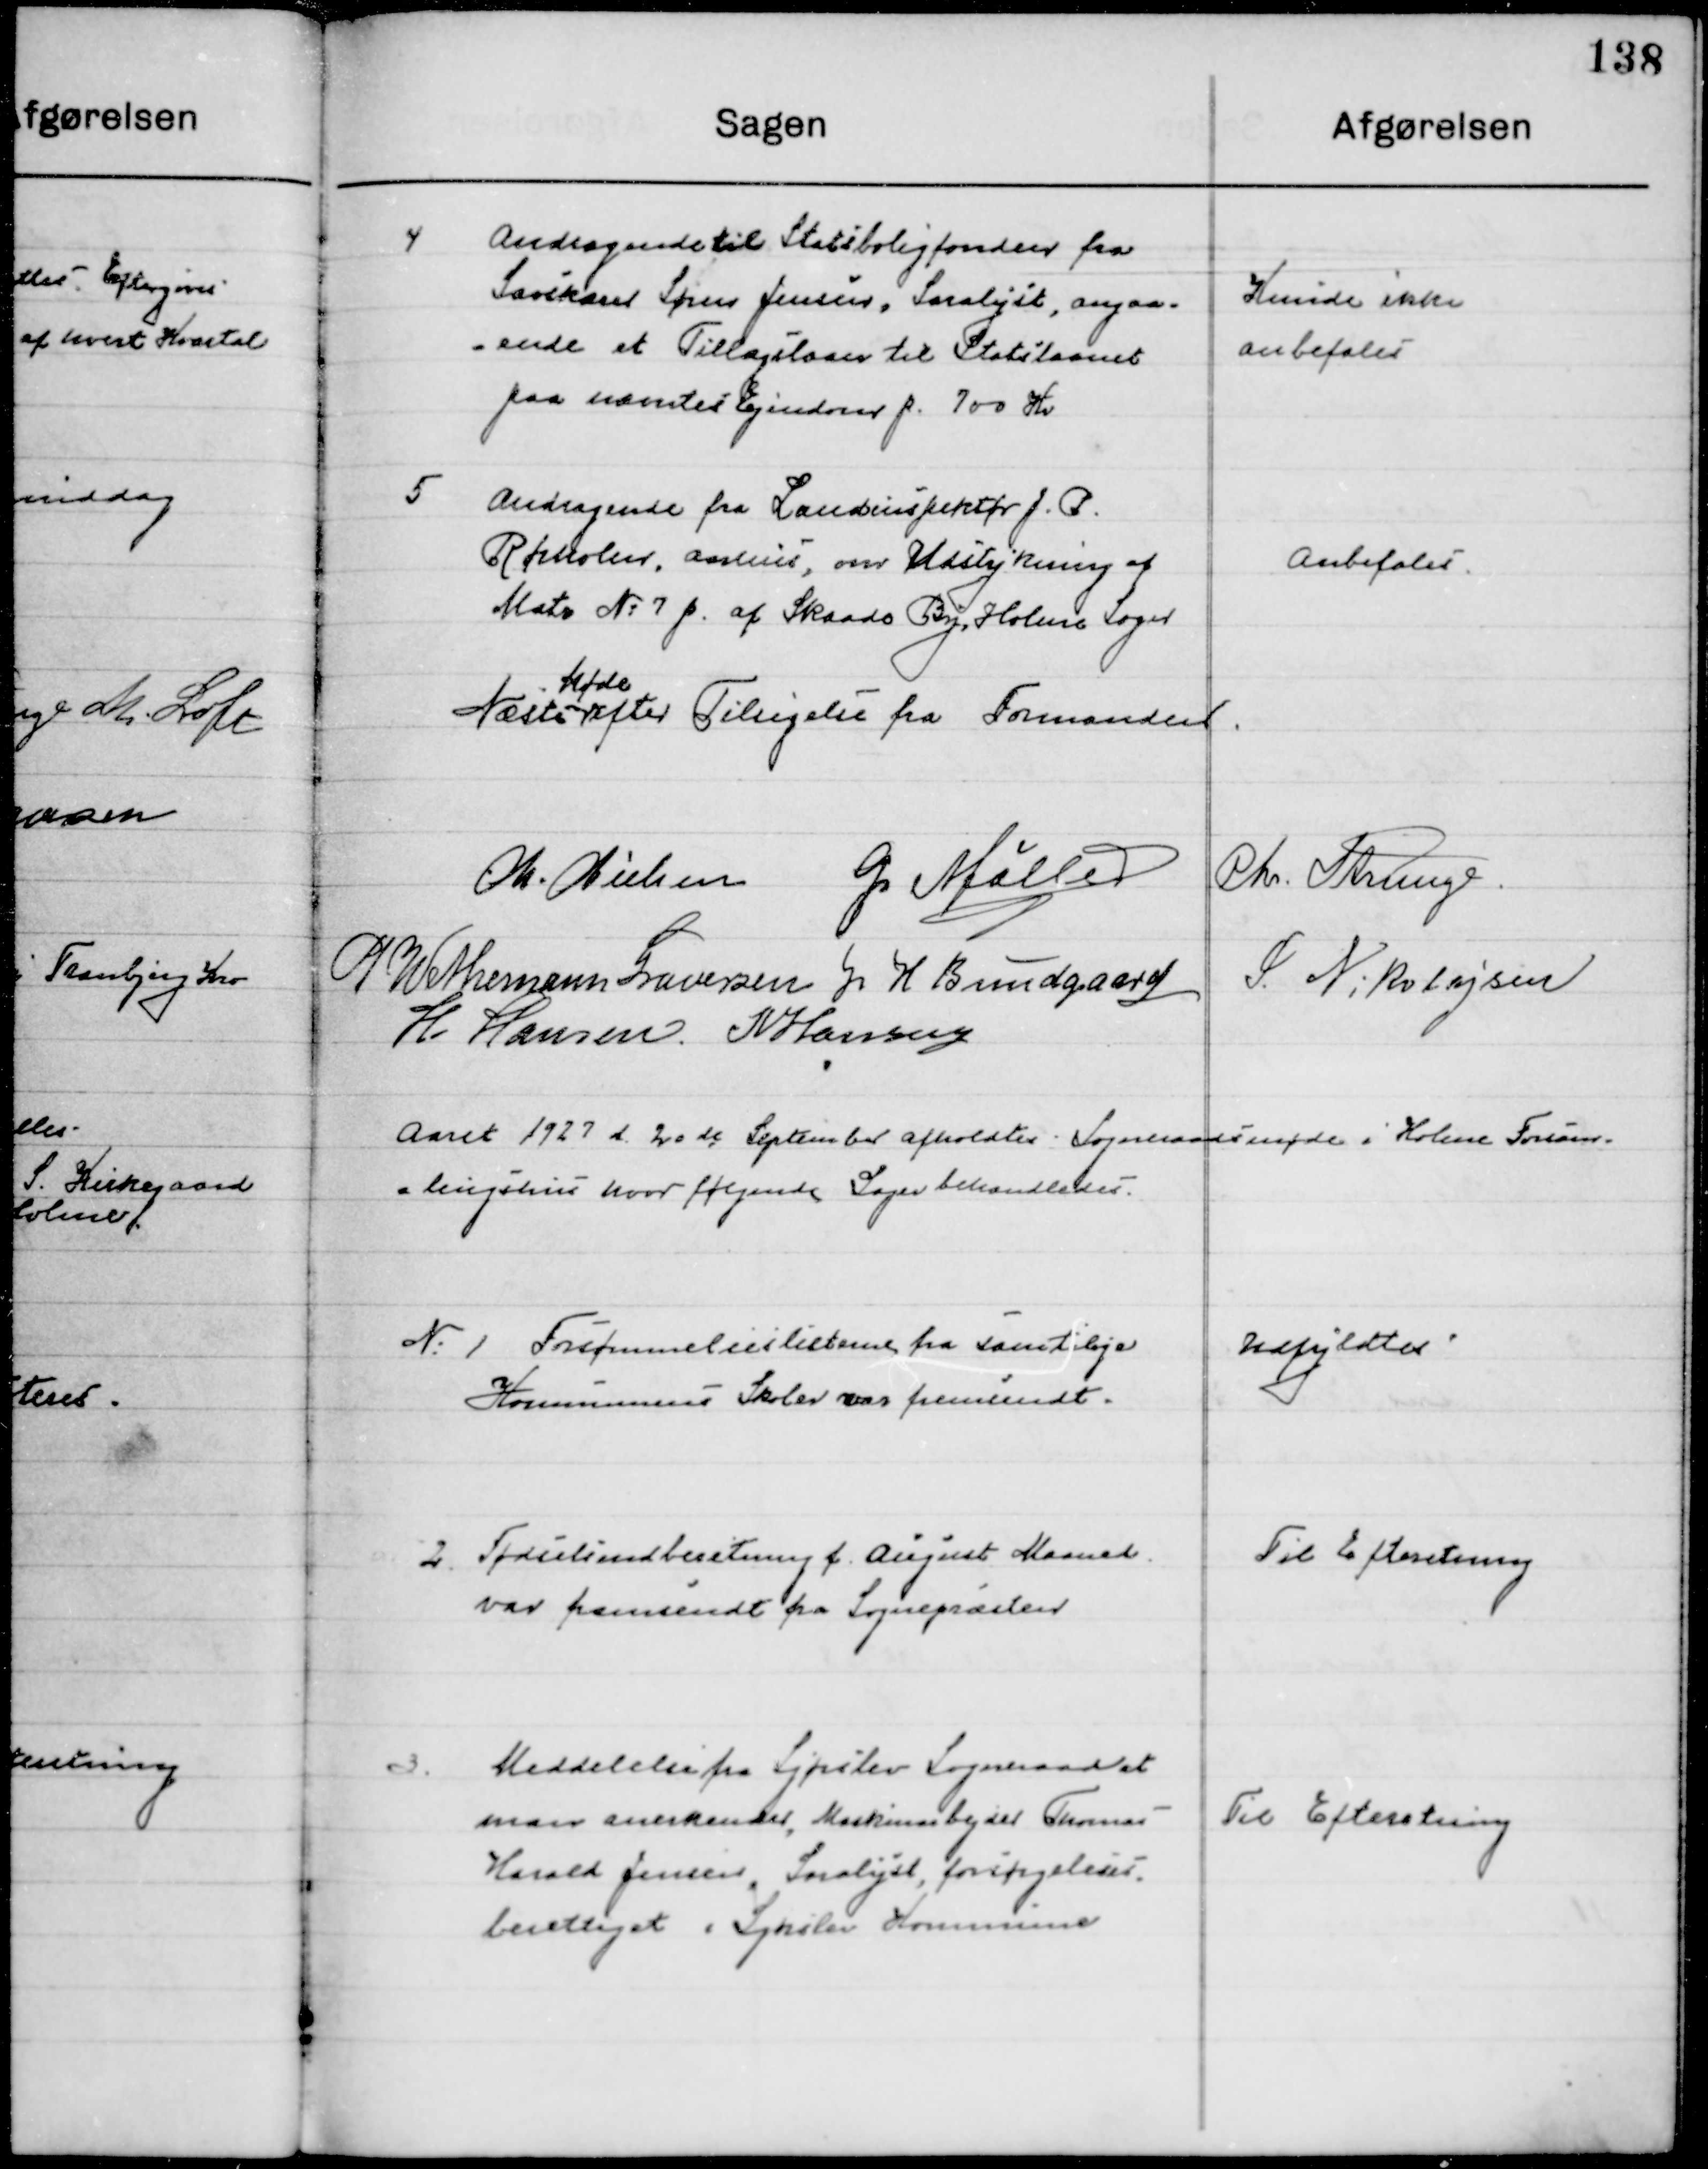
Transskription:
4

Andragende til Statsboligfonden fra
Savskærer Søren Jensen, Saralyst, angaa-
Ende et Tillægslaan til Statslaanet
Paa nævnte Ejendom p. 700 Kr.

Kunde ikke 
Anbefales

5

Andragende fra Landinspektør J. P.
Rørholm, Aarhus, om Udstykning af
Matr No. 7 p af Skaade By, Holme Sogn.

Anbefales

Næste 
Møde 
efter Tilsigelse fra Formanden.

M. Nielsen
G. Møller
Chr. Strunge
P. Wethemann Graversen
J. H. Bundgaard
S. Nikolajsen	
H. Hansen
N. Hansen

Aaret 1927 d. 20de  September afholdtes Sogneraadsmøde i Holme Forsam-
lingshus hvor følgende Sager behandledes.

1

Forsømmelseslisten fra samtlige
Kommune Skoler var fremsendt.

Udfyldtes

2

Fødselsindberetning f. August Maaned
var fremsendt fra Sognepræsten.

Til Efterretning

3

Meddelelse fra Sjørslev Sogneraad at 
Man anerkender, Maskinarbejder Thomas
Harald Jensen, Saralyst, forsørgelses-
berettiget i Sjørslev Kommune

Til Efterretning